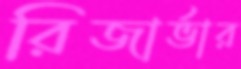
রিজার্ভার